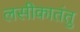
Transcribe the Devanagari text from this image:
लसीकातंतु